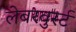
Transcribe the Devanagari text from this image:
लेबरवुर्स्ट